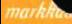
markka